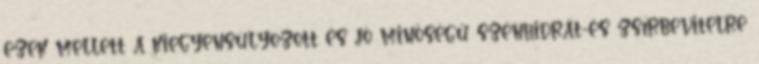
ezek mellett a kiegyensúlyozott és jó minőségű szénhidrát-és zsírbevitelre